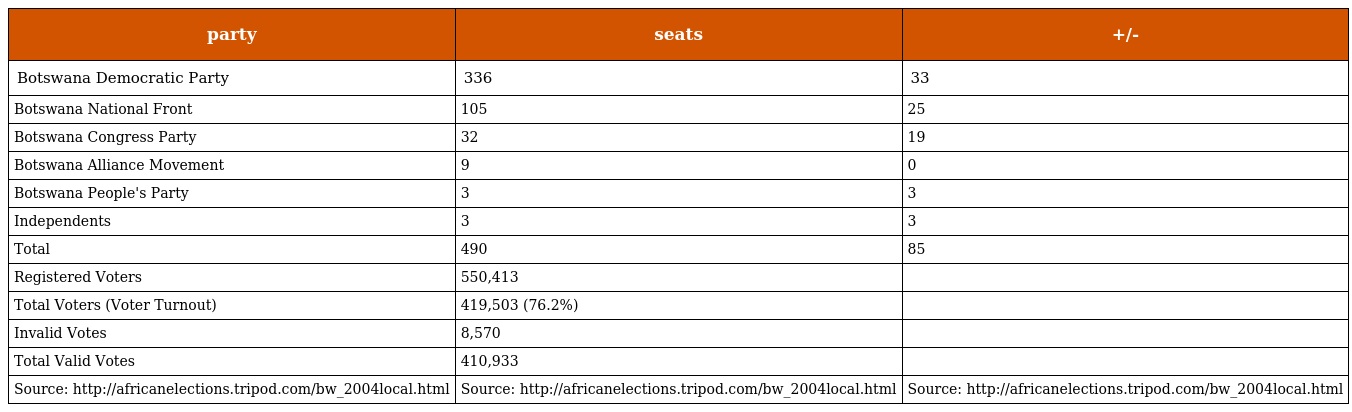
| party | seats | +/- |
 | --- | --- | --- |
 | Botswana Democratic Party | 336 | 33 |
 | Botswana National Front | 105 | 25 |
 | Botswana Congress Party | 32 | 19 |
 | Botswana Alliance Movement | 9 | 0 |
 | Botswana People's Party | 3 | 3 |
 | Independents | 3 | 3 |
 | Total | 490 | 85 |
 | Registered Voters | 550,413 |  |
 | Total Voters (Voter Turnout) | 419,503 (76.2%) |  |
 | Invalid Votes | 8,570 |  |
 | Total Valid Votes | 410,933 |  |
 | Source: http://africanelections.tripod.com/bw_2004local.html | Source: http://africanelections.tripod.com/bw_2004local.html | Source: http://africanelections.tripod.com/bw_2004local.html |